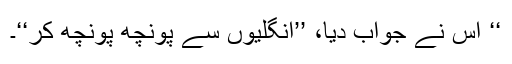
‘‘ اُس نے جواب دیا، ’’انگلیوں سے پونچھ پونچھ کر‘‘۔